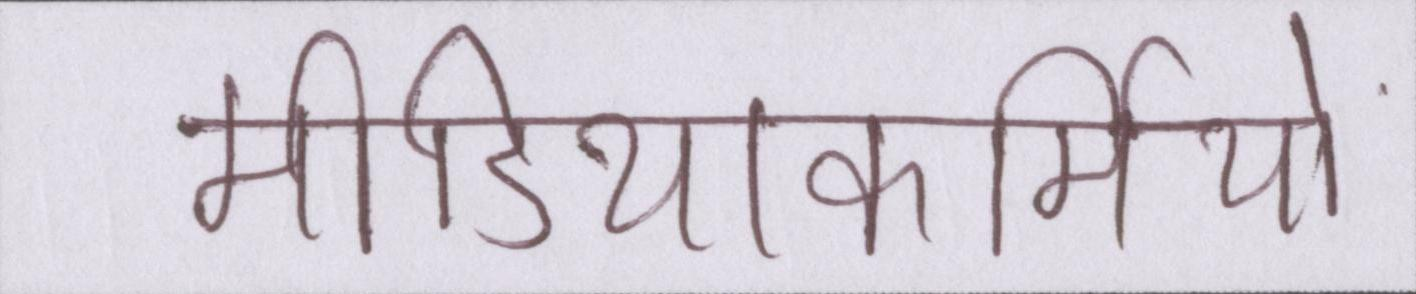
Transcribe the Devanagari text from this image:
मीडियाकर्मियों